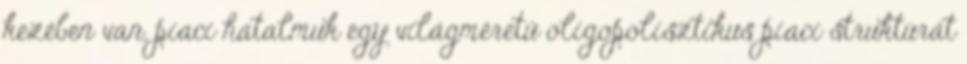
kezében van, piaci hatalmuk egy világméretű oligopolisztikus piaci struktúrát